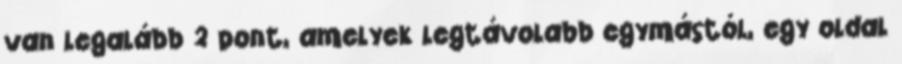
van legalább 2 pont, amelyek legtávolabb egymástól, egy oldal